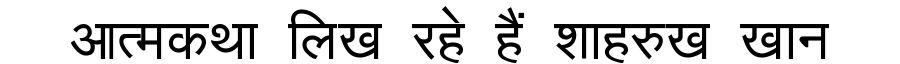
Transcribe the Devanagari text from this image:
आत्मकथा लिख रहे हैं शाहरुख खान